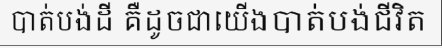
បាត់បង់ដី គឺដូចជាយើងបាត់បង់ជីវិត